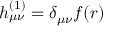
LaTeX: h _ { \mu \nu } ^ { ( 1 ) } = \delta _ { \mu \nu } f ( r )